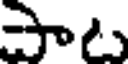
పాట